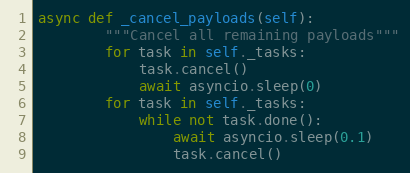
Language: Python
async def _cancel_payloads(self):
        """Cancel all remaining payloads"""
        for task in self._tasks:
            task.cancel()
            await asyncio.sleep(0)
        for task in self._tasks:
            while not task.done():
                await asyncio.sleep(0.1)
                task.cancel()